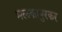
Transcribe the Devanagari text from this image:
मलकापुरकर